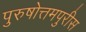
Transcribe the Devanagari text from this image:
पुरुषोत्तमपुरीस